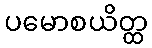
ပမောစယိတ္ထ